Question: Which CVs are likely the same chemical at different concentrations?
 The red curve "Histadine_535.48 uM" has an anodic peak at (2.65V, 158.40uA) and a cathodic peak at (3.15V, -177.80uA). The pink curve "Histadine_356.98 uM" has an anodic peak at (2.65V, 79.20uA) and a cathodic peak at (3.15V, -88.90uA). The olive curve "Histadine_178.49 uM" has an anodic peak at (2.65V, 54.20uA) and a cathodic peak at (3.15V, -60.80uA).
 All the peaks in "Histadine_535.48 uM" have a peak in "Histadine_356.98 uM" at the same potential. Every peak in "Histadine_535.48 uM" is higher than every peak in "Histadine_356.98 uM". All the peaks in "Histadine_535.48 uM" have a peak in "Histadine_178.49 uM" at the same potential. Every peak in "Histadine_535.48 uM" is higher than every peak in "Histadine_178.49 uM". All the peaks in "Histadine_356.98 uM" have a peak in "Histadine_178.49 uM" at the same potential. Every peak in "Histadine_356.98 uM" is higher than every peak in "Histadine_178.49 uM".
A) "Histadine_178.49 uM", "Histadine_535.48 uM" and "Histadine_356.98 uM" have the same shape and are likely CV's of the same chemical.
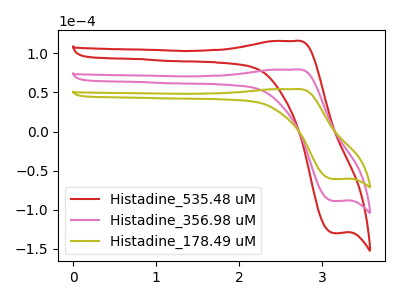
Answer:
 <answer>A) "Histadine_178.49 uM", "Histadine_535.48 uM" and "Histadine_356.98 uM" have the same shape and are likely CV's of the same chemical.</answer>
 <eval>A</eval>